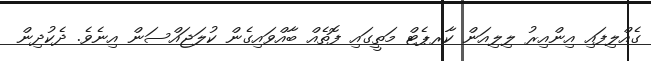
ގެއްލިފައި އިންއިރު ލިލިއަން ކާރޕެޓް މަތީގައި ފޮތެއް ބާއްވައިގެން ކުލަޖައްސަން އިނެވެ. ދެކުދިން